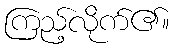
ကြည့်လိုက်၏။